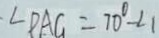
\angle D A G = 7 0 ^ { \circ } - \angle 1